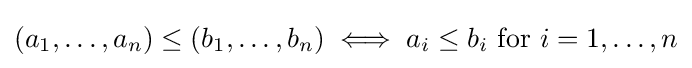
(a_{1},\dots ,a_{n})\leq (b_{1},\dots ,b_{n})\iff a_{i}\leq b_{i}{\text{ for }}i=1,\dots ,n